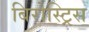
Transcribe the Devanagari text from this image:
बिरोस्ट्रिस